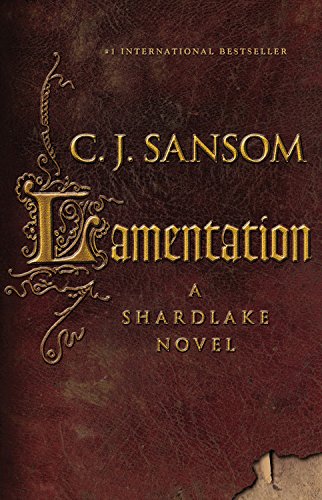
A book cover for Lamentation (Matthew Shardlake #6); C.J. Sansom; Mystery, Thriller & Suspense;